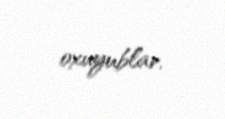
oxuyublar.